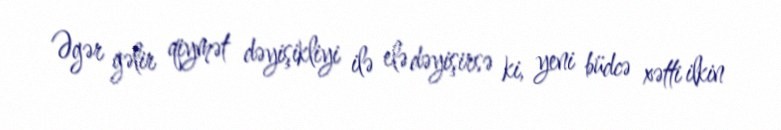
Əgər gəlir qiymət dəyişikliyi ilə elə dəyişirsə ki, yeni büdcə xətti ilkin